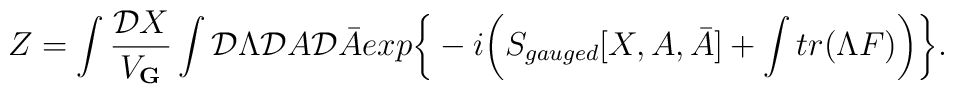
Z = \int {{\cal D}X \over V_{\bf G}} \int {\cal D} \Lambda {\cal D} A {\cal D} \bar{A}exp \bigg\{ -i \bigg( S_{gauged}[X,A,\bar{A}] + \int tr(\Lambda F) \bigg) \bigg\}.